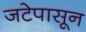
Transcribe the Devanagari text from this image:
जटेपासून